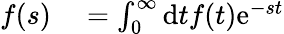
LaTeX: \begin{array}{rl}{f(s)}&{{}=\int_{0}^{\infty}\mathrm{d}tf(t)\mathrm{e}^{-st}}\end{array}